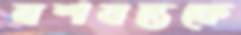
যশবন্তকে